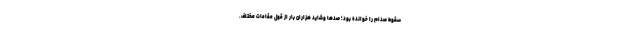
سقوط صدام را خوانده بود؛ صدها وشاید هزاران بار از قول مقامات مختلف.